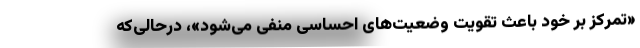
«تمرکز بر خود باعث تقویت وضعیت‌های احساسی منفی می‌شود»، درحالی‌که